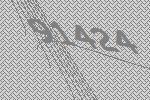
91424